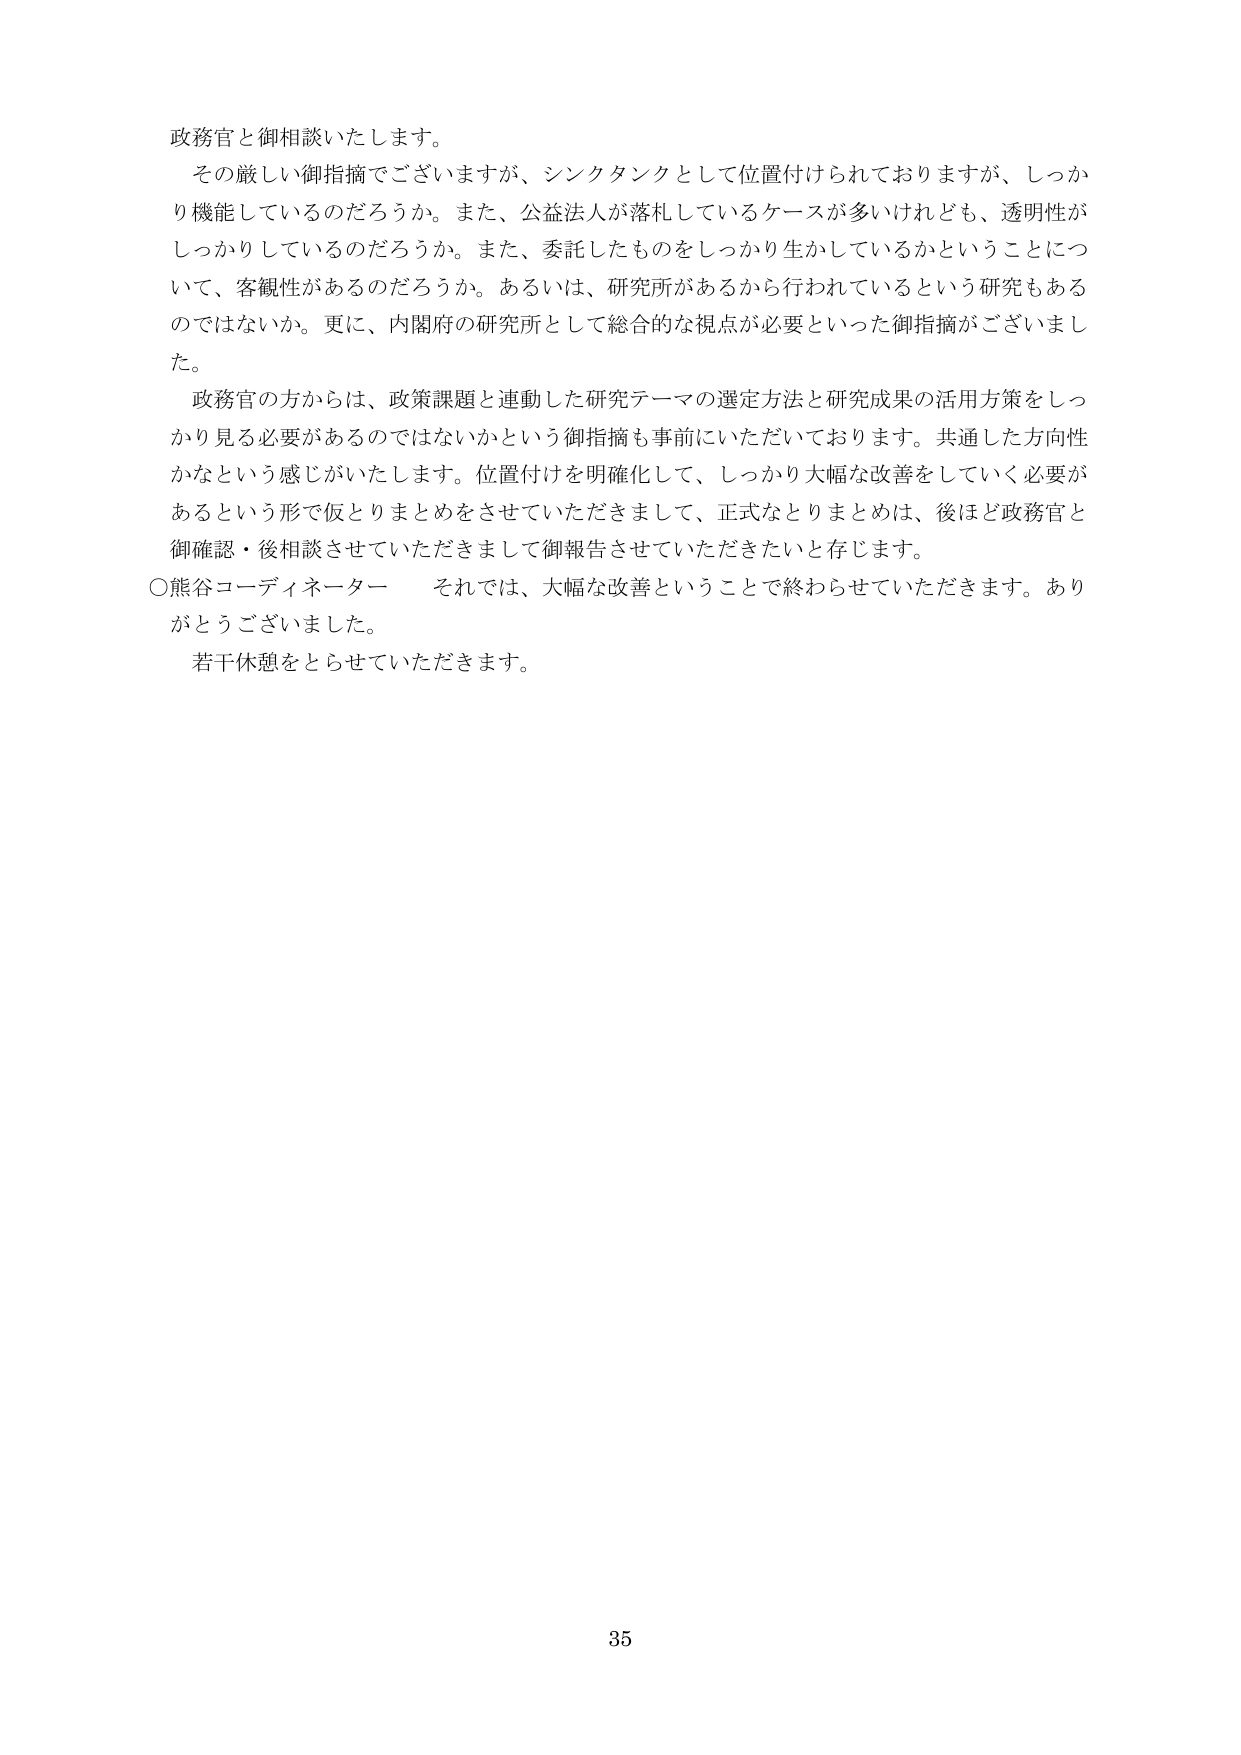
政務官と御相談いたします。

その厳しい御指摘でございますが、シンクタンクとして位置付けられておりますが、しっかり機能しているのだろうか。また、公益法人が落札しているケースが多いけれども、透明性がしっかりしているのだろうか。また、委託したものをしっかり生かしているかということについて、客観性があるのだろうか。あるいは、研究所があるから行われているという研究もあるのではないか。更に、内閣府の研究所として総合的な視点が必要といった御指摘がございました。

政務官の方からは、政策課題と連動した研究テーマの選定方法と研究成果の活用方策をしっかり見る必要があるのではないかという御指摘も事前にいただいております。共通した方向性かなという感じがいたします。位置付けを明確化して、しっかり大幅な改善をしていく必要があるという形で仮とりまとめをさせていただきまして、正式なとりまとめは、後ほど政務官と御確認・後相談させていただきまして御報告させていただきたいと存じます。

○熊谷コーディネーター　それでは、大幅な改善ということで終わらせていただきます。ありがとうございました。

若干休憩をとらせていただきます。

35